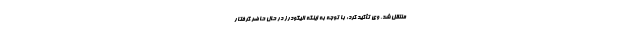
منتقل شد. وی تأکید کرد: با توجه به اینکه الیگودرز در حال حاضر گرفتار